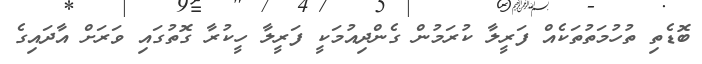
ބޮޑެތި ތުހުމަތުތަކެއް ފަރީލާ ކުރަމުން ގެންދިއުމަކީ ފަރީލާ ހީކުރާ ގޮތުގައި ވަރަށް އާދައިގެ